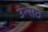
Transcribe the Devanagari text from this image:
उन्सठ